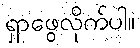
ရှာဖွေလိုက်ပါ။